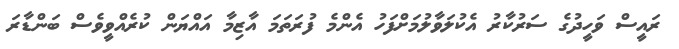
ރައީސް ވަހީދުގެ ސަރުކާރު އެކުލަވާލުމަށްފަހު އެންމެ ފުރަތަމަ އާޒިމާ އައްޔަން ކުރެއްވީވެސް ބަންޑާރަ